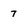
Character: 7